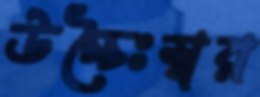
উচ্চৈঃস্বর